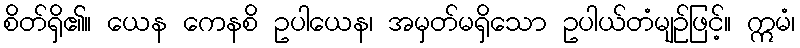
စိတ်ရှိ၏။ ယေန ကေနစိ ဥပါယေန၊ အမှတ်မရှိသော ဥပါယ်တံမျဉ်ဖြင့်။ ဣမံ၊